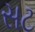
સટ